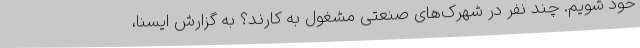
خود شویم. چند نفر در شهرک‌های صنعتی مشغول به کارند؟ به گزارش ایسنا،